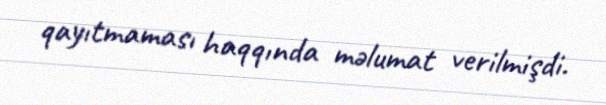
qayıtmaması haqqında məlumat verilmişdi.